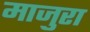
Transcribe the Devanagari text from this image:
माजुरा